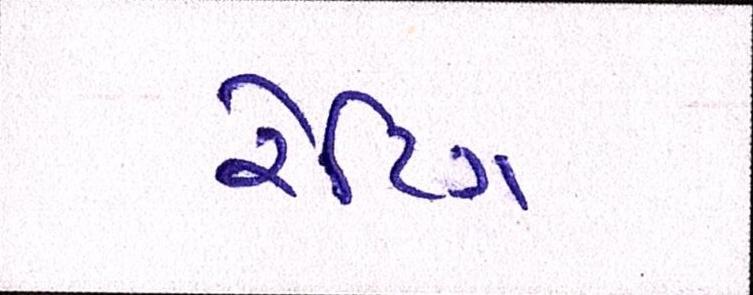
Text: રેટિંગ